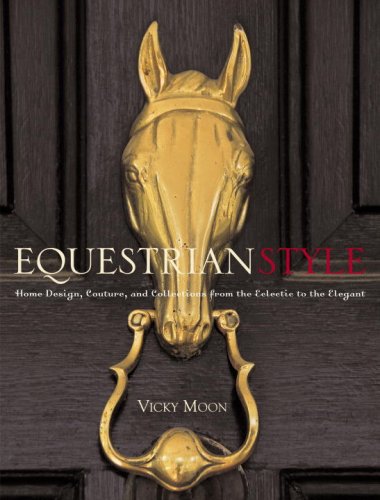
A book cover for Equestrian Style: Home Design, Couture, and Collections from the Eclectic to the Elegant; Vicky Moon; Arts & Photography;